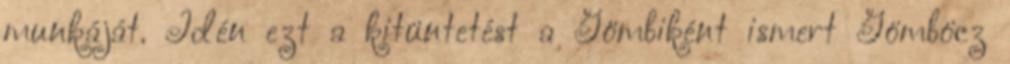
munkáját. Idén ezt a kitüntetést a Gömbiként ismert Gömböcz